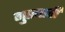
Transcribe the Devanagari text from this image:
गुप्तघाती